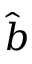
\hat { b }